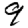
Digit: 9